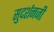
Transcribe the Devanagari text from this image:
सुदर्शनजी